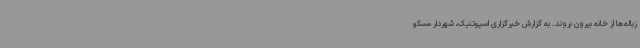
زباله‌ها از خانه بیرون بروند. به گزارش خبرگزاری اسپوتنیک، شهردار مسکو